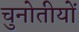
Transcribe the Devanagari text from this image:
चुनोतीयों